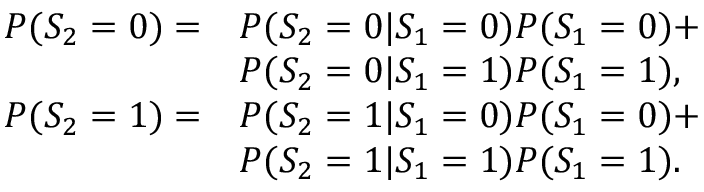
\begin{array} { r l } { P ( S _ { 2 } = 0 ) = } & { P ( S _ { 2 } = 0 | S _ { 1 } = 0 ) P ( S _ { 1 } = 0 ) + } \\ & { P ( S _ { 2 } = 0 | S _ { 1 } = 1 ) P ( S _ { 1 } = 1 ) , } \\ { P ( S _ { 2 } = 1 ) = } & { P ( S _ { 2 } = 1 | S _ { 1 } = 0 ) P ( S _ { 1 } = 0 ) + } \\ & { P ( S _ { 2 } = 1 | S _ { 1 } = 1 ) P ( S _ { 1 } = 1 ) . } \end{array}